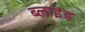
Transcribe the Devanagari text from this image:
ब्‍लाइंड